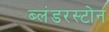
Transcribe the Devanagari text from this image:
ब्लंडरस्टोन